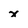
Character: x